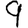
Digit: 9